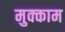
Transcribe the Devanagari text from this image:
मुक्‍काम